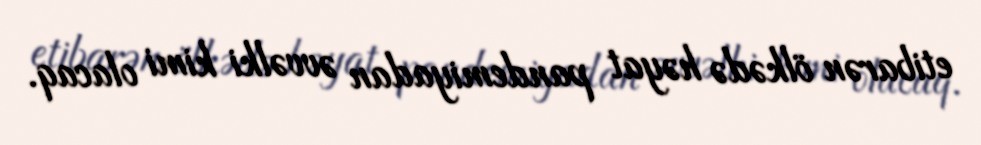
etibarən ölkədə həyat pandemiyadan əvvəlki kimi olacaq.